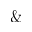
\&